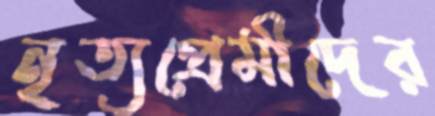
নৃত্যপ্রেমীদের